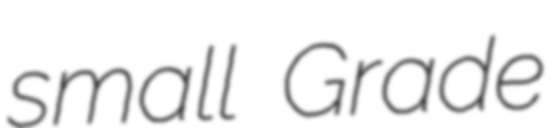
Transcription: small Grade